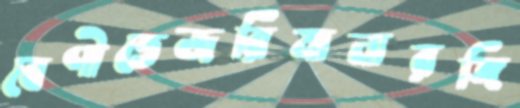
বেণীতেজরিমানারঙ্গি